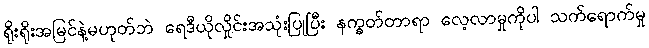
ရိုးရိုးအမြင်နဲ့မဟုတ်ဘဲ ရေဒီယိုလှိုင်းအသုံးပြုပြီး နက္ခတ်တာရာ လေ့လာမှုကိုပါ သက်ရောက်မှု